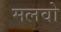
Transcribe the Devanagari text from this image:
मलवो